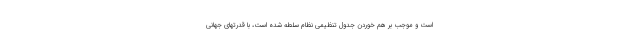
است و موجب بر هم خوردن جدول تنظیمی نظام سلطه شده است، با قدرتهای جهانی